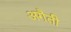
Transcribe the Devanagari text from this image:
अगैती